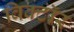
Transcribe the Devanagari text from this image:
विक्टॉर